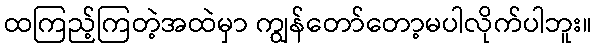
ထကြည့်ကြတဲ့အထဲမှာ ကျွန်တော်တော့မပါလိုက်ပါဘူး။